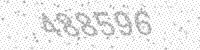
Solution: 488596